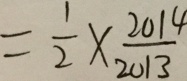
= \frac { 1 } { 2 } \times \frac { 2 0 1 4 } { 2 0 1 3 }